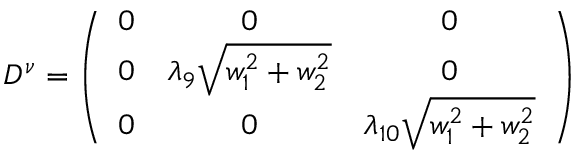
D ^ { \nu } = \left( \begin{array} { c c c } { { 0 } } & { { 0 } } & { { 0 } } \\ { { 0 } } & { { \lambda _ { 9 } \sqrt { w _ { 1 } ^ { 2 } + w _ { 2 } ^ { 2 } } } } & { { 0 } } \\ { { 0 } } & { { 0 } } & { { \lambda _ { 1 0 } \sqrt { w _ { 1 } ^ { 2 } + w _ { 2 } ^ { 2 } } } } \end{array} \right)